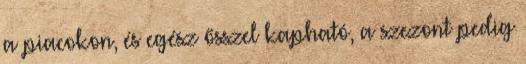
a piacokon, és egész ősszel kapható, a szezont pedig